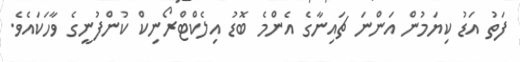
ފަތު އަޑު ކިޔަމުން އަންނަ ޗައިނާގެ އެންމެ ބޮޑު އިލެކްޓްރޯނިކް ކުންފުނީގެ ވާހަކައެވެ.